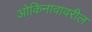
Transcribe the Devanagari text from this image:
ओकिनावावरील